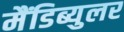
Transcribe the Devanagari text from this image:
मैंडिब्युलर